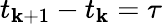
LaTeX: t_{\mathbf{k}+1}-t_{\mathbf{k}}=\tau